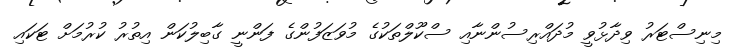
މިނިސްޓަރު ވިދާޅުވީ މުދައްރިސުންނާއި ސްކޫލްތަކުގެ މުވަޒަފުންގެ ފަންނީ ގާބިލުކަން އިތުރު ކުރުމަށް ޓަކައި